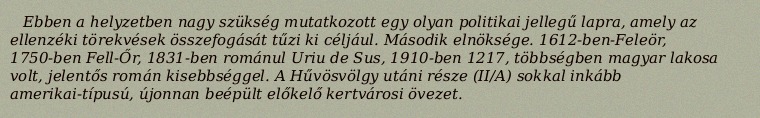
Ebben a helyzetben nagy szükség mutatkozott egy olyan politikai jellegű lapra, amely az ellenzéki törekvések összefogását tűzi ki céljául. Második elnöksége. 1612-ben-Feleör, 1750-ben Fell-Őr, 1831-ben románul Uriu de Sus, 1910-ben 1217, többségben magyar lakosa volt, jelentős román kisebbséggel. A Hűvösvölgy utáni része (II/A) sokkal inkább amerikai-típusú, újonnan beépült előkelő kertvárosi övezet.